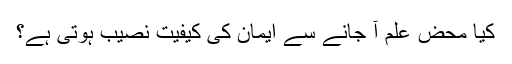
کیا محض علم آ جانے سے ایمان کی کیفیت نصیب ہوتی ہے؟